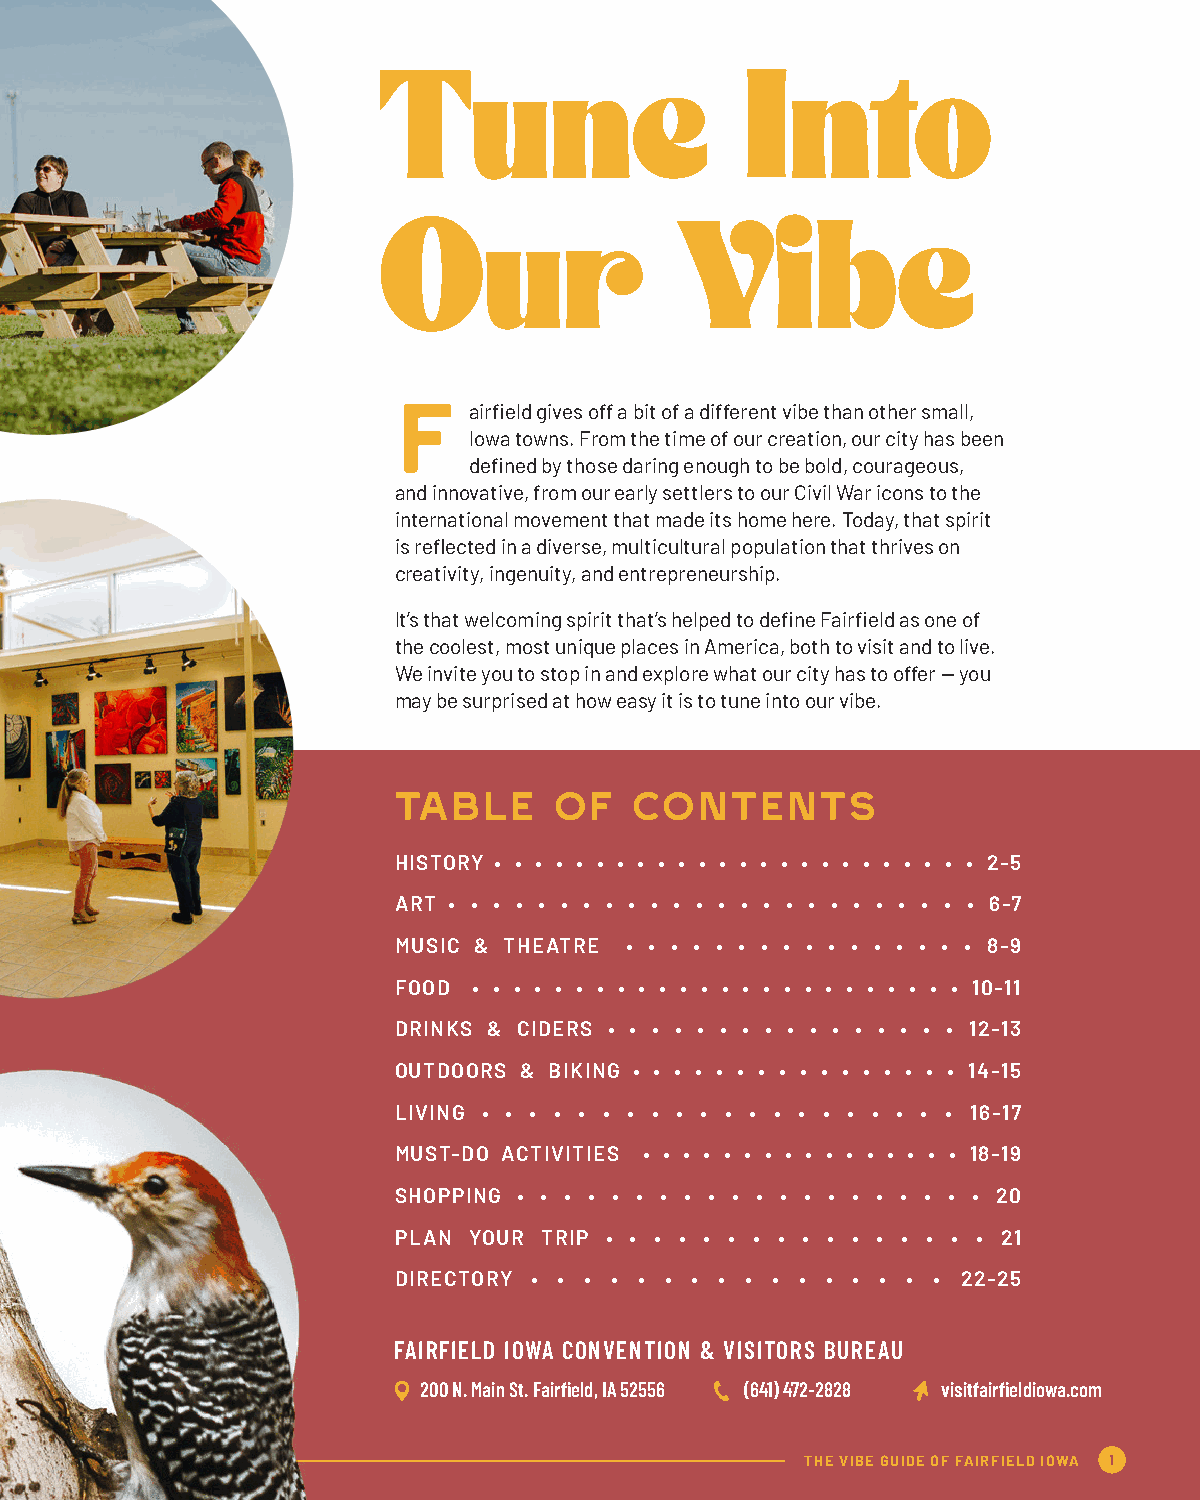
Tune                    Into
 Our                 Vibe
 F
 airfield gives off a bit of a different vibe than other small,
 Iowa towns. From the time of our creation, our city has been
 defined by those daring enough to be bold, courageous,
 and innovative, from our early settlers to our Civil War icons to the
 international movement that made its home here. Today, that spirit
 is reflected in a diverse, multicultural population that thrives on
 creativity, ingenuity, and entrepreneurship.
 It’s that welcoming spirit that’s helped to define Fairfield as one of
 the coolest, most unique places in America, both to visit and to live.
 We invite you to stop in and explore what our city has to offer — you
 may be surprised at how easy it is to tune into our vibe.
 TABLE      OF   CONTENTS
 HISTORY • • • • • • • • • • • • • • • • • • • • • • • • 2-5
 ART • • • • • • • • • • • • • • • • • • • • • • • • 6-7
 MUSIC & THEATRE • • • • • • • • • • • • • • • • 8-9
 FOOD • • • • • • • • • • • • • • • • • • • • • • • • 10-11
 DRINKS & CIDERS • • • • • • • • • • • • • • • • 12-13
 OUTDOORS & BIKING • • • • • • • • • • • • • • • • 14-15
 LIVING • • • • • • • • • • • • • • • • • • • • 16-17
 MUST-DO ACTIVITIES • • • • • • • • • • • • • • • • 18-19
 SHOPPING • • • • • • • • • • • • • • • • • • • • 20
 PLAN YOUR TRIP • • • • • • • • • • • • • • • • 21
 DIRECTORY • • • • • • • • • • • • • • • • 22-25
 FAIRFIELD IOWA CONVENTION & VISITORS BUREAU
 200 N. Main St. Fairfield, IA 52556 (641) 472-2828 visitfairfieldiowa.com
 THE VIBE GUIDE OF FAIRFIELD IOWA 1